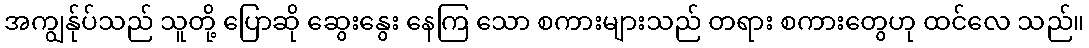
အကျွန်ုပ်သည် သူတို့ ပြောဆို ဆွေးနွေး နေကြ သော စကားများသည် တရား စကားတွေဟု ထင်လေ သည်။